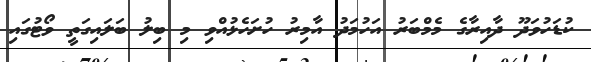
ކުޑަހުވަދޫ ދާއިރާގެ މެމްބަރު އަހުމަދު އާމިރު ހުށަހެޅުއްވި މި ބިލު ބަލައިގަތީ ވޯޓުގައި